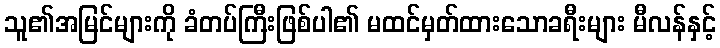
သူ၏အမြင်များကို ခံတပ်ကြီးဖြစ်ပါ၏ မထင်မှတ်ထားသောခရီးများ မီလန်နှင့်